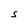
Character: S